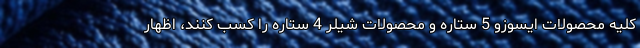
کلیه محصولات ایسوزو 5 ستاره و محصولات شیلر 4 ستاره را کسب کنند، اظهار